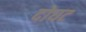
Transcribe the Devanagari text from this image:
दोघट